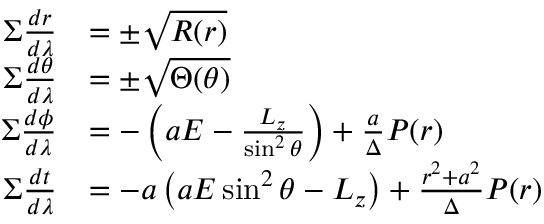
{ \begin{array} { r l } { \Sigma { \frac { d r } { d \lambda } } } & { = \pm { \sqrt { R ( r ) } } } \\ { \Sigma { \frac { d \theta } { d \lambda } } } & { = \pm { \sqrt { \Theta ( \theta ) } } } \\ { \Sigma { \frac { d \phi } { d \lambda } } } & { = - \left( a E - { \frac { L _ { z } } { \sin ^ { 2 } \theta } } \right) + { \frac { a } { \Delta } } P ( r ) } \\ { \Sigma { \frac { d t } { d \lambda } } } & { = - a \left( a E \sin ^ { 2 } \theta - L _ { z } \right) + { \frac { r ^ { 2 } + a ^ { 2 } } { \Delta } } P ( r ) } \end{array} }